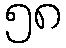
၅၈